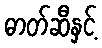
ဓာတ်ဆီနှင့်